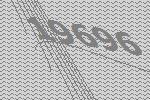
19696